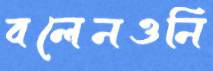
বলেনওনি